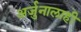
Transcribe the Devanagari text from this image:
अर्जुनालाही